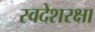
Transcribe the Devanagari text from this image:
स्वदेशरक्षा